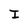
Character: J